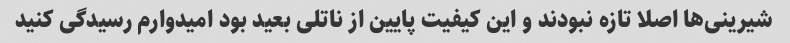
شیرینی‌ها اصلا تازه نبودند و این کیفیت پایین از ناتلی بعید بود امیدوارم رسیدگى کنید